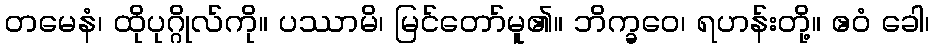
တမေနံ၊ ထိုပုဂ္ဂိုလ်ကို။ ပဿာမိ၊ မြင်တော်မူ၏။ ဘိက္ခဝေ၊ ရဟန်းတို့။ ဧဝံ ခေါ၊